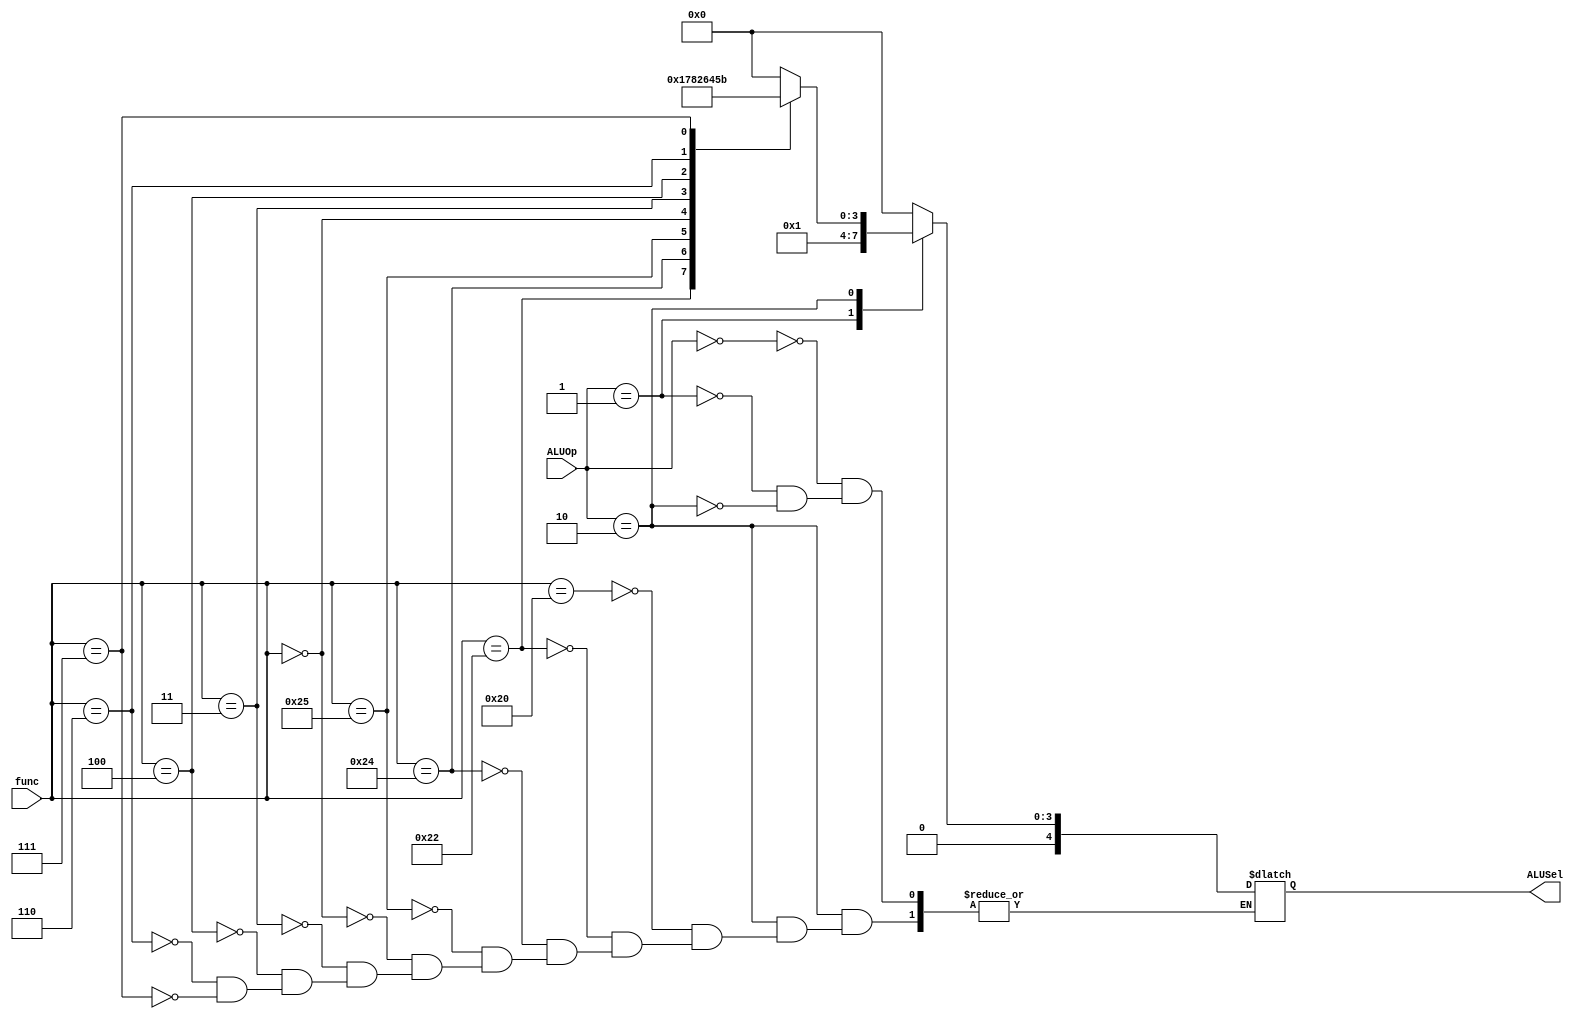
module ALU_Decoder(
    input [1:0] ALUOp,
    input [5:0] func,
    output reg [4:0] ALUSel
);
    parameter RType=2'b10;
    parameter lsw=2'b00;
    parameter beq=2'b01;
    parameter ADD=6'b100000;
    parameter SUB=6'b100010;
    parameter AND=6'b100100;
    parameter OR =6'b100101;
    parameter SLT=6'b101010;
    parameter SLL=6'b000000;
    parameter SRA=6'b000011;
    parameter SRL=6'b000010;
    parameter SLLV=6'b000100;
    parameter SRLV=6'b000110;
    parameter SRAV=6'b000111;
    parameter MULT=6'b101010;
    parameter MULTU=6'b101010;
    always @(*) begin 
        case(ALUOp)
            lsw:ALUSel = 4'b0000; 
            beq:ALUSel = 4'b0001; 
            RType:begin
                case(func)
                    ADD:    ALUSel = 4'b0000;
                    SUB:    ALUSel = 4'b0001;
                    AND:    ALUSel = 4'b0111;
                    OR:     ALUSel = 4'b1000;
                    
                    //SLT:    ALUSel <= 4'b0010;
                    SLL:    ALUSel = 4'b0010;
                    SRA:    ALUSel = 4'b0110;
                    SLLV:   ALUSel = 4'b0100;
                    SRLV:   ALUSel = 4'b0101;
                    SRAV:   ALUSel = 4'b1011;
//                    MULT:   ALUSel <= 4'b0010;
//                    MULTU:  ALUSel <= 4'b0010;
                endcase
            end
        endcase
    end
endmodule

//            4'b0000:begin Result = A + B; CO = Result[Size]; OUT = Result[Size-1:0];end//Addition
//            4'b0001:begin Result = A - B; CO = Result[Size]; OUT = Result[Size-1:0];end//Subtraction
//            4'b0010:OUT = A <<1;//Logical Left
//            4'b0011:OUT = A >>1;//Logical Right
//            4'b0100:OUT = A <<B;//Logical Variable Left
//            4'b0101:OUT = A >>B;//Logical Variable Right
//            4'b0110:OUT = A>>>1;//Arithmetic Right
//            4'b0111:OUT = A & B;//AND
//            4'b1000:OUT = A | B;//OR
//            4'b1001:OUT = A ^ B;//XOR
//            4'b1010:OUT =~(A^B);//XNOR